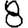
Digit: 8